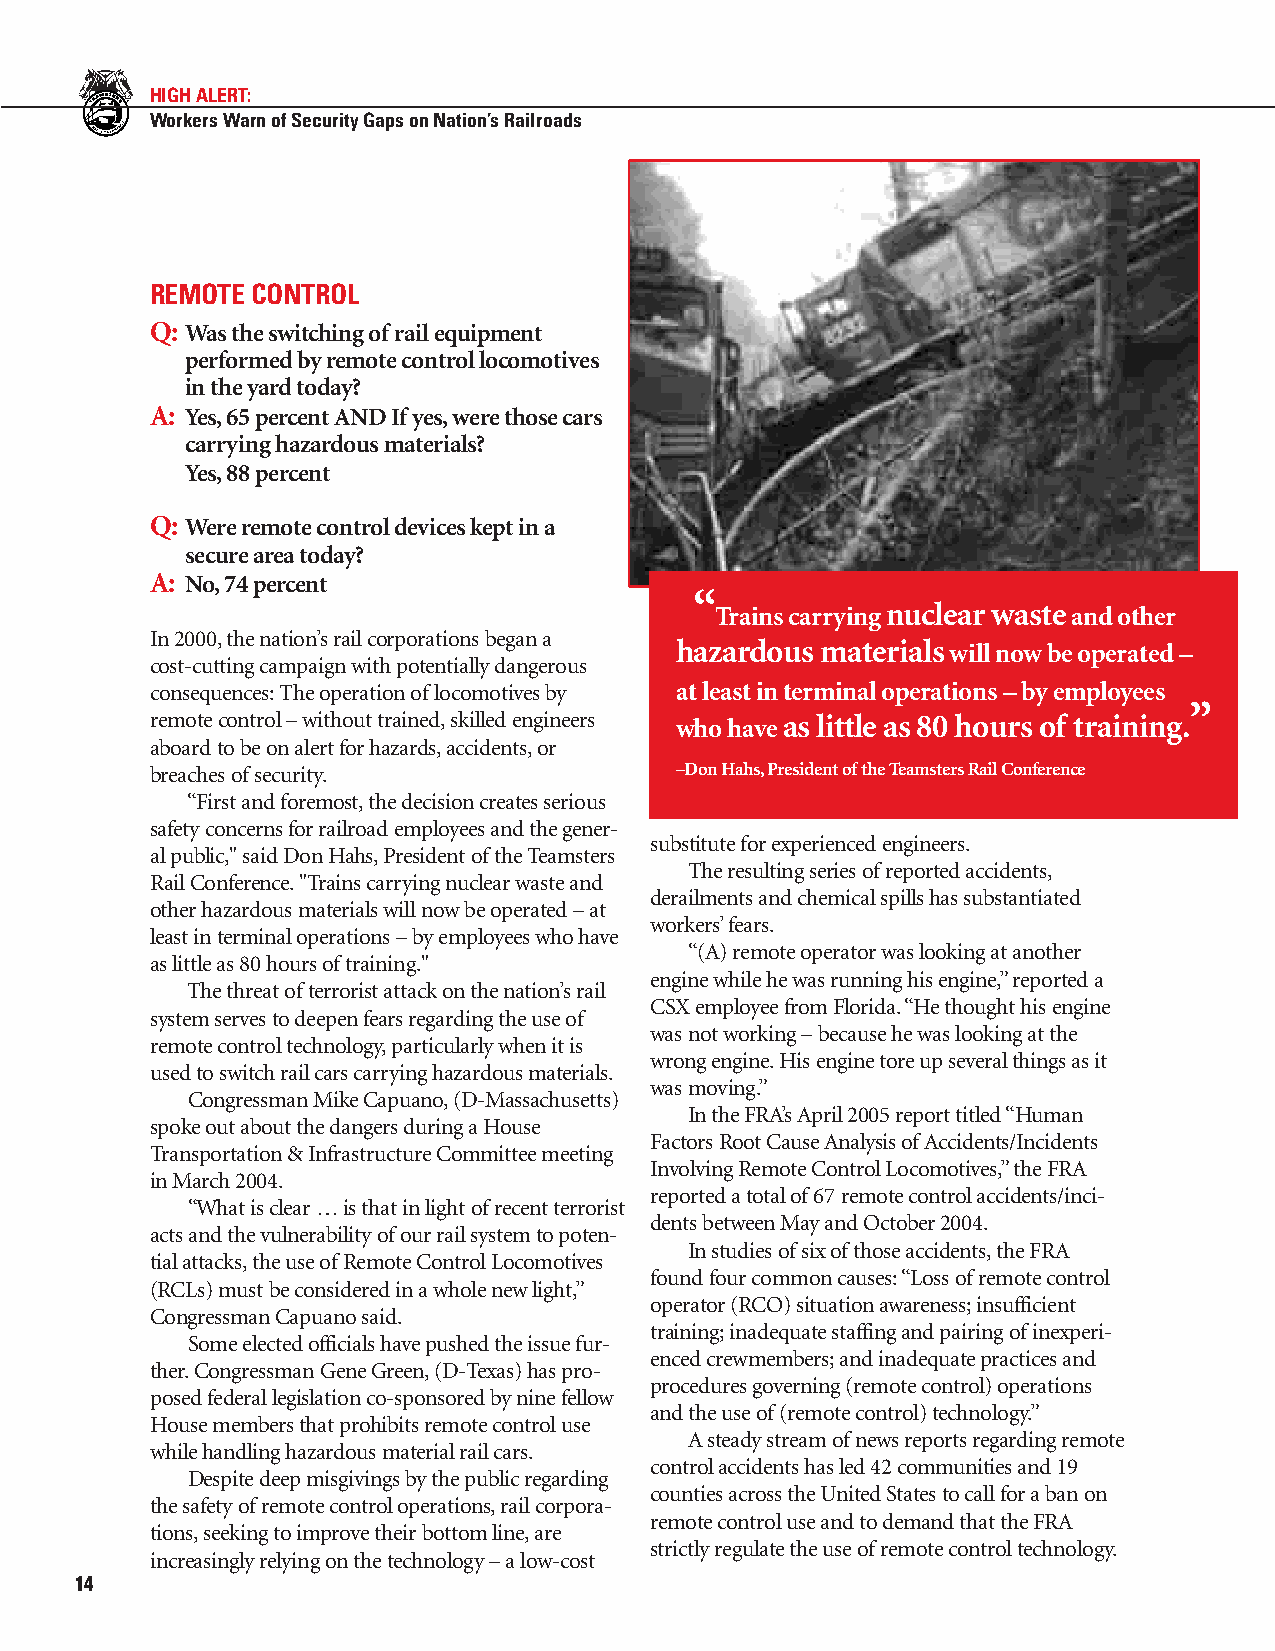
HIGH ALERT:
 Workers Warn of Security Gaps on Nation’s Railroads
 REMOTE CONTROL
 Q: Was the switching ofrail equipment
 performed by remote control locomotives
 in the yard today?
 A: Yes,65 percent AND Ifyes,were those cars
 carrying hazardous materials?
 Yes,88 percent
 Q: Were remote control devices kept in a
 secure area today?
 A: No,74 percent
 “
 Trains carrying nuclear wasteand other
 In2000,the nation’srail corporations began a
 hazardous materialswill now be operated –
 cost-cutting campaign with potentially dangerous
 consequences:The operation oflocomotives by at least in terminal operations – by employees
 ”
 remotecontrol – without trained,skilled engineers who have as little as 80 hours of training.
 aboard to be on alert for hazards,accidents,or
 breaches ofsecurity.               –Don Hahs,President ofthe Teamsters Rail Conference
 “First and foremost,the decision creates serious
 safety concerns for railroad employees and the gener-
 substitute for experienced engineers.
 al public," said DonHahs,President ofthe Teamsters
 The resulting series ofreported accidents,
 Rail Conference."Trains carrying nuclear waste and
 derailments and chemical spills has substantiated
 other hazardous materials will now be operated – at
 workers’fears.
 least in terminal operations – by employees who have
 “(A) remote operator was looking at another
 as little as 80 hoursoftraining."
 engine while he was running his engine,”reported a
 The threat ofterrorist attack on the nation’s rail
 CSX employee from Florida.“He thought his engine
 systemserves to deepen fears regarding the use of
 was not working – because he was looking at the
 remote control technology,particularly when it is
 wrong engine.His engine tore up several things as it
 usedtoswitch rail cars carrying hazardous materials.
 was moving.”
 Congressman Mike Capuano,(D-Massachusetts)
 In the FRA’s April 2005 report titled “Human
 spoke out about the dangers during a House
 Factors Root Cause Analysis ofAccidents/Incidents
 Transportation&Infrastructure Committee meeting
 Involving Remote Control Locomotives,”the FRA
 in March 2004.
 reported a total of67 remote control accidents/inci-
 “What is clear … is that in light ofrecent terrorist
 dents between May and October 2004.
 acts and the vulnerability ofour rail system to poten-
 In studies ofsix ofthose accidents,the FRA
 tial attacks,the use ofRemote Control Locomotives
 found four common causes:“Loss ofremote control
 (RCLs) must be considered in a whole new light,”
 operator (RCO) situation awareness;insufficient
 Congressman Capuano said.
 training;inadequate staffing and pairing ofinexperi-
 Some elected officials have pushed the issue fur-
 encedcrewmembers;and inadequate practices and
 ther.Congressman Gene Green,(D-Texas) has pro-
 procedures governing (remote control) operations
 posedfederal legislation co-sponsored by nine fellow
 and the use of(remotecontrol) technology.”
 House members that prohibits remote control use
 Asteady stream ofnews reports regarding remote
 while handling hazardous material rail cars.
 control accidents has led 42 communities and 19
 Despite deep misgivings by the public regarding
 counties across the United States to call for a ban on
 the safety ofremote control operations,rail corpora-
 remote control use and to demand that the FRA
 tions,seeking to improve their bottom line,are
 strictly regulate the use ofremote control technology.
 increasingly relying on the technology – a low-cost
 14